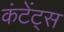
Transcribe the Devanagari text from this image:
कंटेंट्स